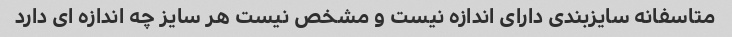
متاسفانه سایزبندی دارای اندازه نیست و مشخص نیست هر سایز چه اندازه ای دارد